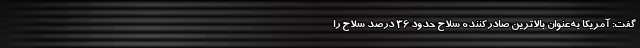
گفت: آمریکا به‌عنوان بالاترین صادرکننده سلاح حدود ۳۶ درصد سلاح را